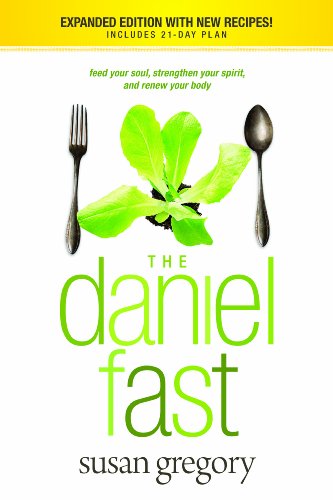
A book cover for The Daniel Fast: Feed Your Soul, Strengthen Your Spirit, and Renew Your Body; Susan Gregory; Religion & Spirituality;